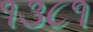
૧૩૮૧